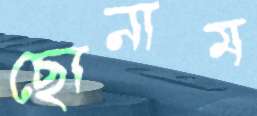
ছোনাম